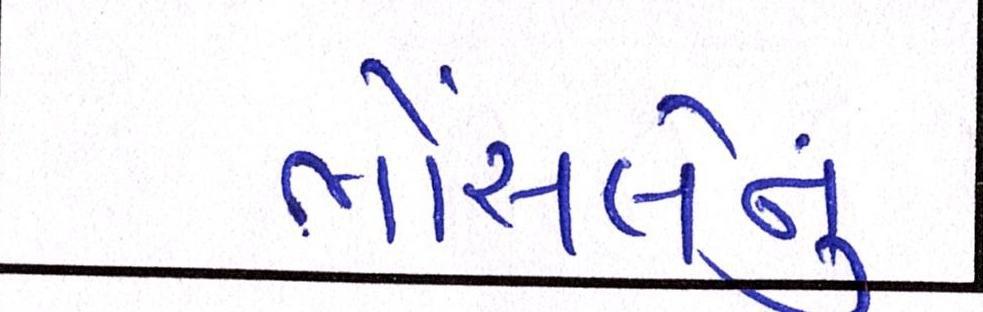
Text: ભોંસલેનું